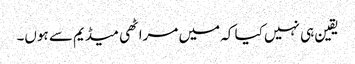
یقین ہی نہیں کیا کہ میں مراٹھی میڈیم سے ہوں۔